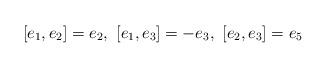
LaTeX: \begin{align*}[e_1,e_2]=e_2,\ [e_1,e_3]=-e_3,\ [e_2,e_3]=e_5 \end{align*}